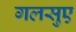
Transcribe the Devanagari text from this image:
गलसुए